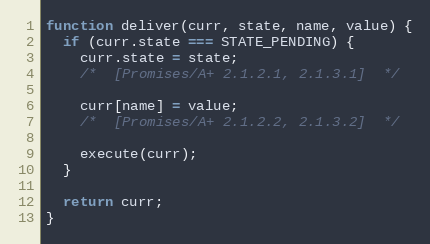
Language: JavaScript
function deliver(curr, state, name, value) {
  if (curr.state === STATE_PENDING) {
    curr.state = state;
    /*  [Promises/A+ 2.1.2.1, 2.1.3.1]  */

    curr[name] = value;
    /*  [Promises/A+ 2.1.2.2, 2.1.3.2]  */

    execute(curr);
  }

  return curr;
}